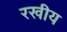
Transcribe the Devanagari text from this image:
रखीय